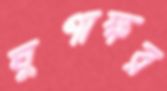
ঘুণাক্ষর